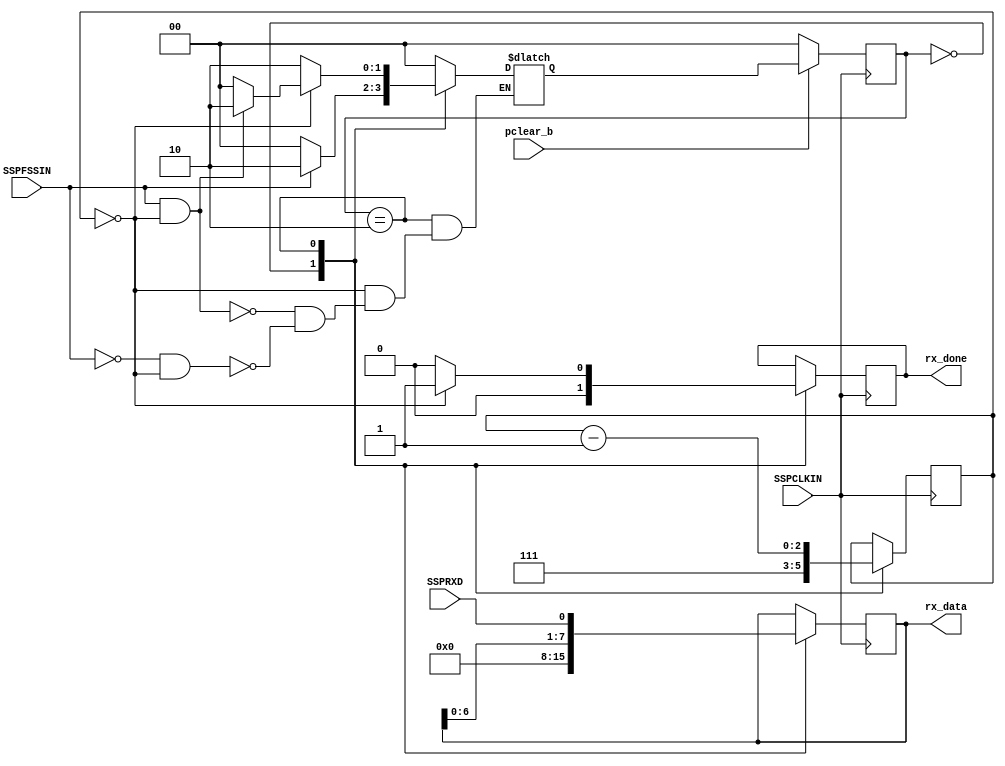

module RX(
  input pclear_b,
  input SSPCLKIN, SSPFSSIN, SSPRXD,
  output [7:0] rx_data,
  output reg rx_done
);

  localparam STATE_IDLE = 2'd0;
  localparam STATE_FRAME = 2'd1;
  localparam STATE_RX = 2'd2;
  
  // module state
  reg [1:0] state, next_state;
  reg [2:0] cycle_counter;
  reg [7:0] rx_data_int;

  // nets 
  wire cycle_counter_zero;

  // assignments
  assign  cycle_counter_zero = cycle_counter == 0;
  assign rx_data = rx_data_int;

  always @ (posedge SSPCLKIN) begin 
    if(!pclear_b) state <= STATE_IDLE;
    else state <= next_state;
  end

  always @ (state, SSPFSSIN, cycle_counter_zero) begin 
    case(state)
      STATE_IDLE: begin 
        if(SSPFSSIN) next_state <= STATE_RX;
        else next_state <= STATE_IDLE;
      end
      STATE_RX : begin 
        if(!cycle_counter_zero) begin 
          next_state <= STATE_RX;
        end else if(SSPFSSIN & cycle_counter_zero) begin 
          next_state <= STATE_RX;
        end else if(!SSPFSSIN & cycle_counter_zero) begin 
          next_state <= STATE_IDLE;
        end
      end 
      default: next_state <= STATE_IDLE;
    endcase
  end

  always @ (posedge SSPCLKIN) begin 
    case(state) 
      STATE_IDLE: begin 
        cycle_counter <= 3'b111;
        rx_data_int <= 8'b0;
        rx_done <= 1'b0;
      end
      STATE_RX : begin 
        cycle_counter <= cycle_counter - 1;
        rx_data_int <= {rx_data_int[6:0], SSPRXD};

        if(cycle_counter_zero) rx_done <= 1'b1;
        else rx_done <= 1'b0;
      end
    endcase
  end

endmodule